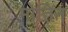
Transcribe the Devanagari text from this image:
मोतिन